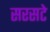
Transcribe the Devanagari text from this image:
सरसटे